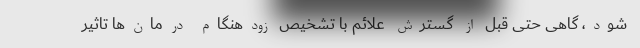
شود، گاهی حتی قبل از گسترش علائم با تشخیص زودهنگام درمان‌ها تاثیر